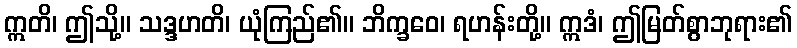
ဣတိ၊ ဤသို့။ သဒ္ဒဟတိ၊ ယုံကြည်၏။ ဘိက္ခဝေ၊ ရဟန်းတို့။ ဣဒံ၊ ဤမြတ်စွာဘုရား၏